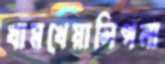
খামখেয়ালিপনা